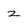
Character: 2